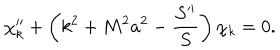
\chi _ { k } ^ { \prime \prime } + \left( k ^ { 2 } + M ^ { 2 } a ^ { 2 } - \frac { S ^ { \prime \prime } } S \right) \chi _ { k } = 0 .